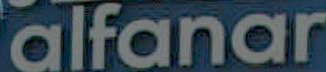
alfanar